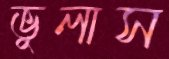
ভুলাস